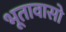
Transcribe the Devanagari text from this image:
भूतावासो